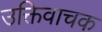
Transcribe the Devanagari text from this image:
उक्तिवाचक